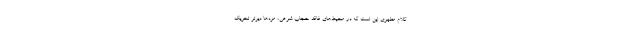
کلام مطهری این است که در محیط‌های فاقد حجاب شرعی، مردها دیرتر تحریک